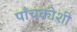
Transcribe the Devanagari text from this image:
पाँचकोशी